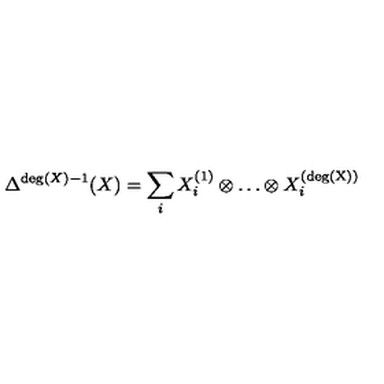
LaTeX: \Delta ^ { \mathrm { d e g } ( X ) - 1 } ( X ) = \sum _ { i } X _ { i } ^ { ( 1 ) } \otimes \ldots \otimes X _ { i } ^ { ( \mathrm { d e g ( X ) } ) }